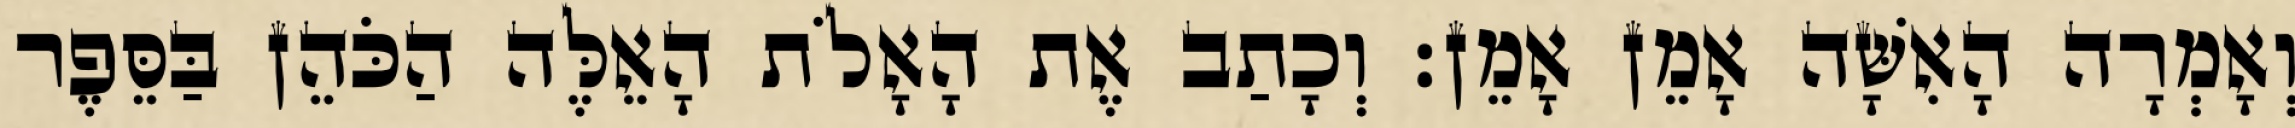
וְאָמְרָה הָאִשָּׁה אָמֵן אָמֵן׃ וְכָתַב אֶת הָאָלֹת הָאֵלֶּה הַכֹּהֵן בַּסֵּפֶר